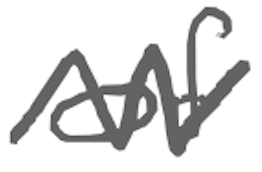
Text: of
Cross-out: mix
Writing tool: digital_gray